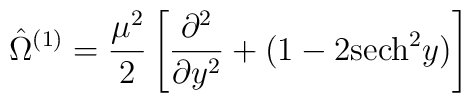
\hat{\Omega}^{(1)} = \frac{\mu^2}{2}\left[\frac{\partial^2}{\partial y^2}+(1-2{\rm sech}^2 y)\right]